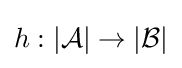
h:|{\mathcal {A}}|\rightarrow |{\mathcal {B}}|